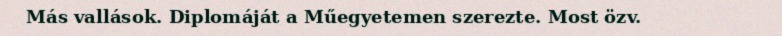
Más vallások. Diplomáját a Műegyetemen szerezte. Most özv.